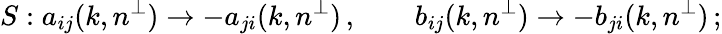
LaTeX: S:a_{ij}(k,n^{\perp})\rightarrow-a_{ji}(k,n^{\perp})\, ,\qquad b_{ij}(k,n^{\perp})\rightarrow-b_{ji}(k,n^{\perp})\, ;